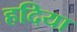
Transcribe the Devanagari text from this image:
हदिया